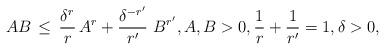
LaTeX: \begin{align*} A B \, \leq\, \frac{\delta^r}{r}\, A^r + \frac{\delta^{-r'}}{r'}\ B^{r'}, A,B>0, \frac 1r +\frac{1}{r'} =1, \delta>0, \end{align*}